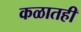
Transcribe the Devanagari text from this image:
कळातही